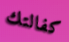
كفالتك